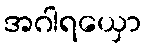
အဂါရယှော